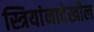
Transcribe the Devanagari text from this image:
स्त्रियांनादेखील